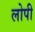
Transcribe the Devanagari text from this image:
लोपी